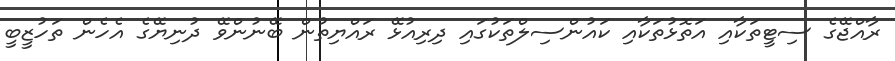
ރާއްޖޭގެ ސިޓީތަކާއި އަތޮޅުތަކާއި ކައުންސިލްތަކުގައި ދިރިއުޅޭ ރައްޔިތުން ބޭނުންވޭ ދުނިޔޭގެ އެހެން ތަހުޒީބީ